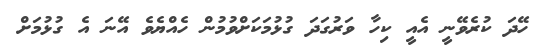
ހޭދަ ކުރެވޭނީ އެއީ ކިހާ ވަރުގަދަ ގުޅުމަކަށްވުމުން ހެއްޔެވެ އޭނަ އެ ގުޅުމަށް